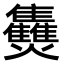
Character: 𤓪